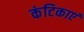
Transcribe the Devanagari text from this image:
कंटिकाएं